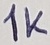
Text: 1K